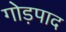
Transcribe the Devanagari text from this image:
गोड़पाद